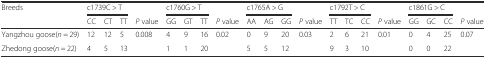
<table><thead><tr><td rowspan="2"><b>Breeds</b></td><td colspan="3"><b>c1739C &gt; T</b></td><td></td><td colspan="3"><b>c1760G &gt; T</b></td><td></td><td colspan="3"><b>c1765A &gt; G</b></td><td></td><td colspan="3"><b>c1792T &gt; C</b></td><td></td><td colspan="3"><b>c1861G &gt; C</b></td><td></td></tr><tr><td><b>CC</b></td><td><b>CT</b></td><td><b>TT</b></td><td><b><i>P</i> value</b></td><td><b>GG</b></td><td><b>GT</b></td><td><b>TT</b></td><td><b><i>P</i> value</b></td><td><b>AA</b></td><td><b>AG</b></td><td><b>GG</b></td><td><b><i>P</i> value</b></td><td><b>TT</b></td><td><b>TC</b></td><td><b>CC</b></td><td><b><i>P</i> value</b></td><td><b>GG</b></td><td><b>GC</b></td><td><b>CC</b></td><td><b><i>P</i> value</b></td></tr></thead><tbody><tr><td>Yangzhou goose(<i>n</i> = 29)</td><td>12</td><td>12</td><td>5</td><td rowspan="2">0.008</td><td>4</td><td>9</td><td>16</td><td rowspan="2">0.02</td><td>0</td><td>9</td><td>20</td><td rowspan="2">0.03</td><td>2</td><td>6</td><td>21</td><td rowspan="2">0.01</td><td>0</td><td>4</td><td>25</td><td rowspan="2">0.07</td></tr><tr><td>Zhedong goose(<i>n</i> = 22)</td><td>4</td><td>5</td><td>13</td><td>1</td><td>1</td><td>20</td><td>5</td><td>5</td><td>12</td><td>9</td><td>3</td><td>10</td><td>0</td><td>0</td><td>22</td></tr></tbody></table>